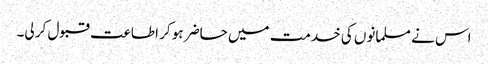
اس نے مسلمانوں کی خدمت میں حاضر ہو کر اطاعت قبول کر لی۔